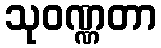
သုဝဏ္ဏတာ